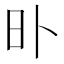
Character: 𣅃